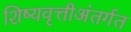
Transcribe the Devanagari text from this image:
शिष्यवृत्तीअंतर्गत